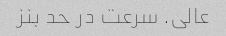
عالی. سرعت در حد بنز